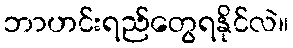
ဘာဟင်းရည်တွေရနိုင်လဲ။